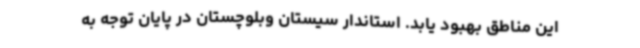
این مناطق بهبود یابد. استاندار سیستان وبلوچستان در پایان توجه به